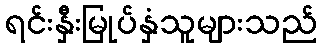
ရင်းနှီးမြုပ်နှံသူများသည်